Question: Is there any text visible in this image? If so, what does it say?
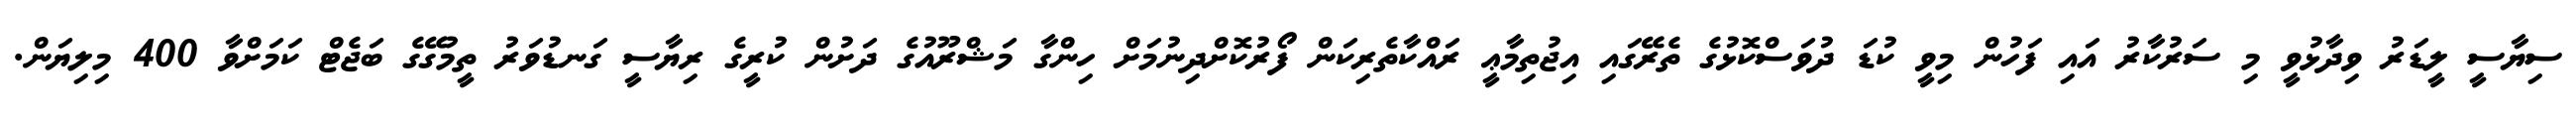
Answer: ސިޔާސީ ލީޑަރު ވިދާޅުވީ މި ސަރުކާރު އައި ފަހުން މިވީ ކުޑަ ދުވަސްކޮޅުގެ ތެރޭގައި އިޖުތިމާޢީ ރައްކާތެރިކަން ފޯރުކޮށްދިނުމަށް ހިންގާ މަޝްރޫއުގެ ދަށުން ކުރީގެ ރިޔާސީ ގަނޑުވަރު ތީމުގޭގެ ބަޖެޓް ކަމަށްވާ 400 މިލިޔަން.